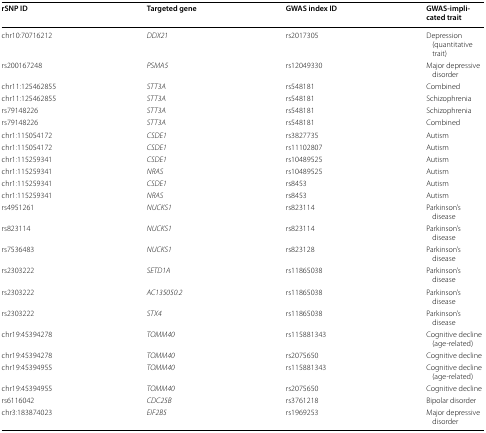
| rSNP ID | Targeted gene | GWAS index ID | GWAS-implicated trait |
 | --- | --- | --- | --- |
 | chr10:70716212 | DDX21 | rs2017305 | Depression (quantitative trait) |
 | rs200167248 | PSMA5 | rs12049330 | Major depressive disorder |
 | chr11:125462855 | STT3A | rs548181 | Combined |
 | chr11:125462855 | STT3A | rs548181 | Schizophrenia |
 | rs79148226 | STT3A | rs548181 | Schizophrenia |
 | rs79148226 | STT3A | rs548181 | Combined |
 | chr1:115054172 | CSDE1 | rs3827735 | Autism |
 | chr1:115054172 | CSDE1 | rs11102807 | Autism |
 | chr1:115259341 | CSDE1 | rs10489525 | Autism |
 | chr1:115259341 | NRAS | rs10489525 | Autism |
 | chr1:115259341 | CSDE1 | rs8453 | Autism |
 | chr1:115259341 | NRAS | rs8453 | Autism |
 | rs4951261 | NUCKS1 | rs823114 | Parkinson’s disease |
 | rs823114 | NUCKS1 | rs823114 | Parkinson’s disease |
 | rs7536483 | NUCKS1 | rs823128 | Parkinson’s disease |
 | rs2303222 | SETD1A | rs11865038 | Parkinson’s disease |
 | rs2303222 | AC135050.2 | rs11865038 | Parkinson’s disease |
 | rs2303222 | STX4 | rs11865038 | Parkinson’s disease |
 | chr19:45394278 | TOMM40 | rs115881343 | Cognitive decline (age-related) |
 | chr19:45394278 | TOMM40 | rs2075650 | Cognitive decline |
 | chr19:45394955 | TOMM40 | rs115881343 | Cognitive decline (age-related) |
 | chr19:45394955 | TOMM40 | rs2075650 | Cognitive decline |
 | rs6116042 | CDC25B | rs3761218 | Bipolar disorder |
 | chr3:183874023 | EIF2B5 | rs1969253 | Major depressive disorder |